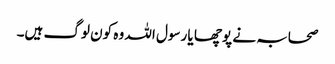
صحابہ نے پوچھا یا رسول اللہ وہ کون لوگ ہیں۔